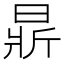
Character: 𣈈